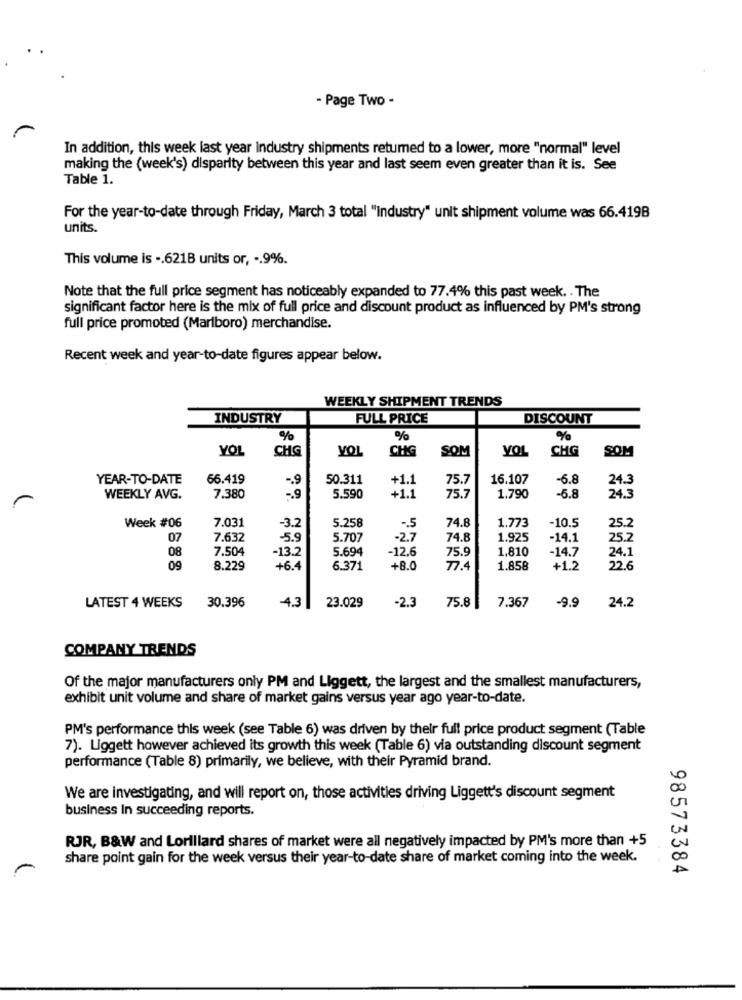
- Page Two -
In addition, this week last year industry shipments retumed to a lower, more "normal" level
making the (week's) disparity between this year and last seem even greater than it is. See
Table 1.
For the year-to-date through Friday, March 3 total "Industry" unit shipment volume was 66.419B
units.
This volume is -. 6218 units or, -. 9%.
Note that the full price segment has noticeably expanded to 77.4% this past week. . The
significant factor here is the mix of full price and discount product as influenced by PM's strong
full price promoted (Marlboro) merchandise.
Recent week and year-to-date figures appear below.
WEEKLY SHIPMENT TRENDS
INDUSTRY
FULL PRICE
DISCOUNT
%
%
%
VOL
CHG
VOI
CHG
SOM
VOL
CHG
SOM
YEAR-TO-DATE
66.419
50.311
75.7
16.107
-6.8
+1.1
24.3
WEEKLY AVG.
7.380
5.590
+1.1
75.7
1.790
5.8
24.3
Week #06
5.258
74.8
1.773
-10.5
7.031
-3.2
-. 5
25.2
07
7.632
-5.9
5.707
-2.7
74.8
1.925
-14.1
25.2
08
7.504
-13.2
5.694
-12.6
75.9
1,810
-14.7
24.1
09
8.229
+6.4
6.371
+8.0
77.4
1.858
+1.2
22.6
30.396
4.3
23.029
-2.3
-9.9
LATEST 4 WEEKS
75.8
7.367
24.2
COMPANY TRENDS
Of the major manufacturers only PM and Liggett, the largest and the smallest manufacturers,
exhibit unit volume and share of market gains versus year ago year-to-date.
PM's performance this week (see Table 6) was driven by their full price product segment (Table
7). Liggett however achieved its growth this week (Table 6) via outstanding discount segment
performance (Table 8) primarily, we believe, with their Pyramid brand.
We are investigating, and will report on, those activities driving Liggett's discount segment
business In succeeding reports.
RJR, B&W and Lorillard shares of market were all negatively impacted by PM's more than +5
share point gain for the week versus their year-to-date share of market coming into the week.
98573384